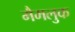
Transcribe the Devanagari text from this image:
मैमलुक